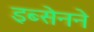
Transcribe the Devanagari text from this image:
इब्सेनने